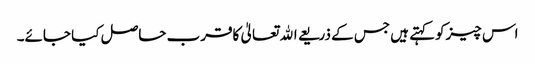
اس چیزکوکہتے ہیں جس کے ذریعے اﷲ تعالیٰ کاقرب حاصل کیا جائے۔